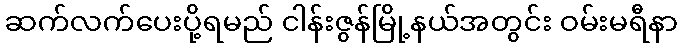
ဆက်လက်ပေးပို့ရမည် ငါန်းဇွန်မြို့နယ်အတွင်း ဝမ်းမရီနာ